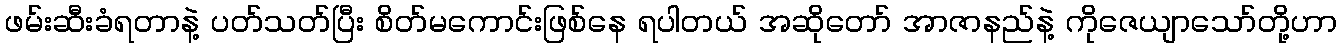
ဖမ်းဆီးခံရတာနဲ့ ပတ်သတ်ပြီး စိတ်မကောင်းဖြစ်နေ ရပါတယ် အဆိုတော် အာဇာနည်နဲ့ ကိုဇေယျာသော်တို့ဟာ